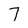
Character: 7